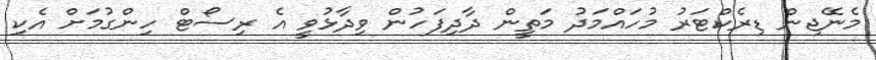
މެނޭޖިން ޑިރެކްޓަރު މުހައްމަދު މަތީން ދާދިފަހުން ވިދާޅުވީ އެ ރިސޯޓް ހިންގުމަށް އެކި